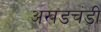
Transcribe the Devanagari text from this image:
अखडचंडी